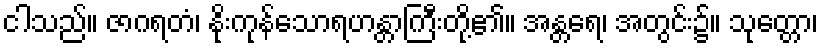
ငါသည်။ ဇာဂရတံ၊ နိုးကုန်သောရဟန္တာကြီးတို့၏။ အန္တရေ၊ အတွင်း၌။ သုတ္တော၊